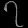
Digit: ၇